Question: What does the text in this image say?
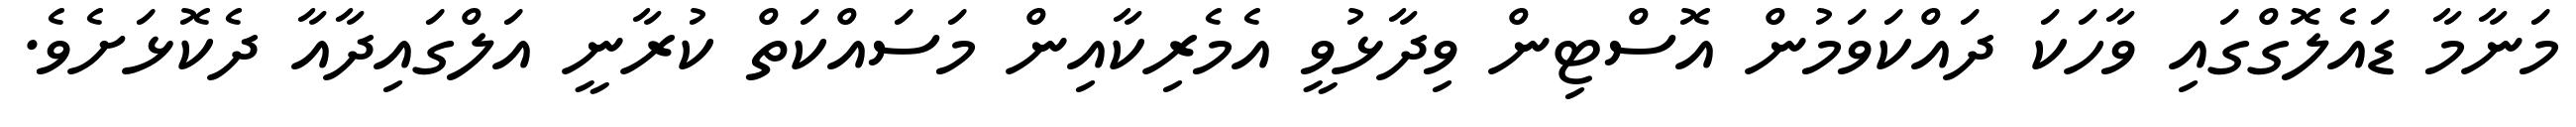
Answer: މަނާމާ ޑައެލޮގްގައި ވާހަކަ ދައްކަވަމުން އޮސްޓިން ވިދާޅުވީ އެމެރިކާއިން މަސައްކަތް ކުރާނީ އަލްގައިދާއާ ދެކޮޅަށެވެ.